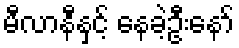
မီလာနီနှင့် နေခဲ့ဦးနော်